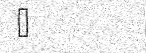
٤